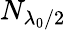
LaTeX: N_{\lambda_{0}/2}